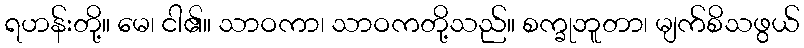
ရဟန်းတို့။ မေ၊ ငါ၏။ သာဝကာ၊ သာဝကတို့သည်။ စက္ခုဘူတာ၊ မျက်စိသဖွယ်